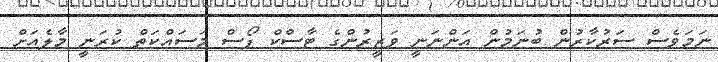
ނަމަވެސް ސަރުކާރުން ބުނަމުން އަންނަނީ ވަޒީރުންގެ ޓާސްކް ފޯސް މަސައްކަތް ކުރަނީ މާލެއަށް